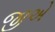
જીએ